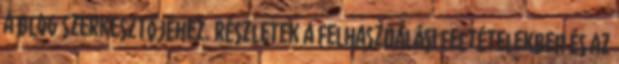
a blog szerkesztőjéhez. Részletek a Felhasználási feltételekben és az